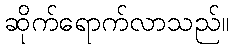
ဆိုက်ရောက်လာသည်။